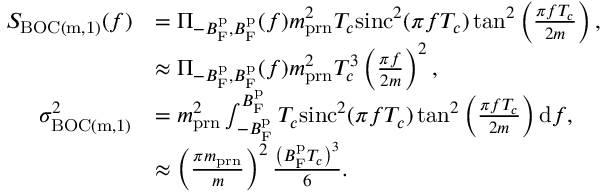
\begin{array} { r l } { S _ { \mathrm { B O C ( m , 1 ) } } ( f ) } & { = \Pi _ { - B _ { \mathrm { F } } ^ { \mathrm { p } } , B _ { \mathrm { F } } ^ { \mathrm { p } } } ( f ) m _ { \mathrm { p r n } } ^ { 2 } T _ { c } \mathrm { s i n c } ^ { 2 } ( \pi f T _ { c } ) \tan ^ { 2 } \left( \frac { \pi f T _ { c } } { 2 m } \right) , } \\ & { \approx \Pi _ { - B _ { \mathrm { F } } ^ { \mathrm { p } } , B _ { \mathrm { F } } ^ { \mathrm { p } } } ( f ) m _ { \mathrm { p r n } } ^ { 2 } T _ { c } ^ { 3 } \left( \frac { \pi f } { 2 m } \right) ^ { 2 } , } \\ { \sigma _ { \mathrm { B O C ( m , 1 ) } } ^ { 2 } } & { = m _ { \mathrm { p r n } } ^ { 2 } \int _ { - B _ { \mathrm { F } } ^ { \mathrm { p } } } ^ { B _ { \mathrm { F } } ^ { \mathrm { p } } } T _ { c } \mathrm { s i n c } ^ { 2 } ( \pi f T _ { c } ) \tan ^ { 2 } \left( \frac { \pi f T _ { c } } { 2 m } \right) \mathrm { d } f , } \\ & { \approx \left( \frac { \pi m _ { \mathrm { p r n } } } { m } \right) ^ { 2 } \frac { \left( B _ { \mathrm { F } } ^ { \mathrm { p } } T _ { c } \right) ^ { 3 } } { 6 } . } \end{array}